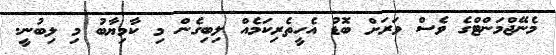
މެނޭޖްމަންޓްގެ ވެސް ވަރަށް ބޮޑު އެހީތެރިކަމެއް ލިބިގެން މި ކާމިޔާބު މި ލިބުނީ.